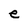
Character: e